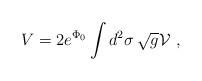
LaTeX: \begin{align*}V = 2 e^{\Phi_0}\int d^2 \sigma \,\sqrt{g} {\cal V}\ ,\end{align*}